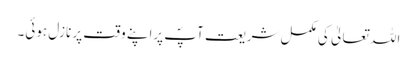
اللہ تعالیٰ کی مکمل شریعت آپؐ پراپنے وقت پر نازل ہوئی۔